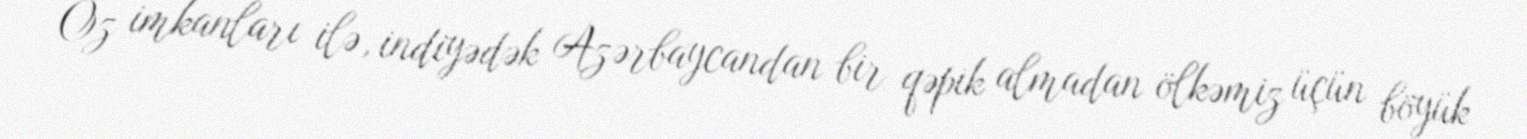
Öz imkanları ilə, indiyədək Azərbaycandan bir qəpik almadan ölkəmiz üçün böyük